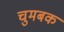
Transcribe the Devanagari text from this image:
चुमबक